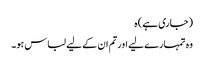
(جاری ہے) ہ
وہ تمہارے لیے اورتم ان کے لیے لباس ہو۔